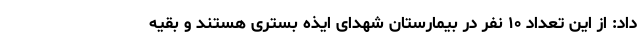
داد: از این تعداد ۱۰ نفر در بیمارستان شهدای ایذه بستری هستند و بقیه